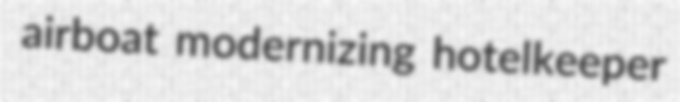
airboat modernizing hotelkeeper